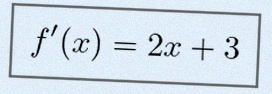
f'(x)=2x+3